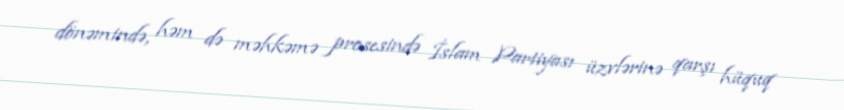
dönəmində, həm də məhkəmə prosesində İslam Partiyası üzvlərinə qarşı hüquq